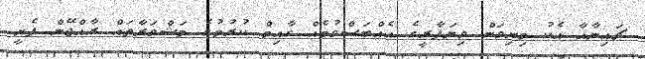
ޗައިނާއާ އެކު މިނިވަން ވިޔަފާރީގެ އެއްބަސްވުމެއް ގާއިމް ކުރުމުގެ މަޝްވަރާތައް ރާއްޖޭން ފެށީ